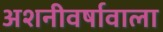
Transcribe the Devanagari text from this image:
अशनीवर्षावाला